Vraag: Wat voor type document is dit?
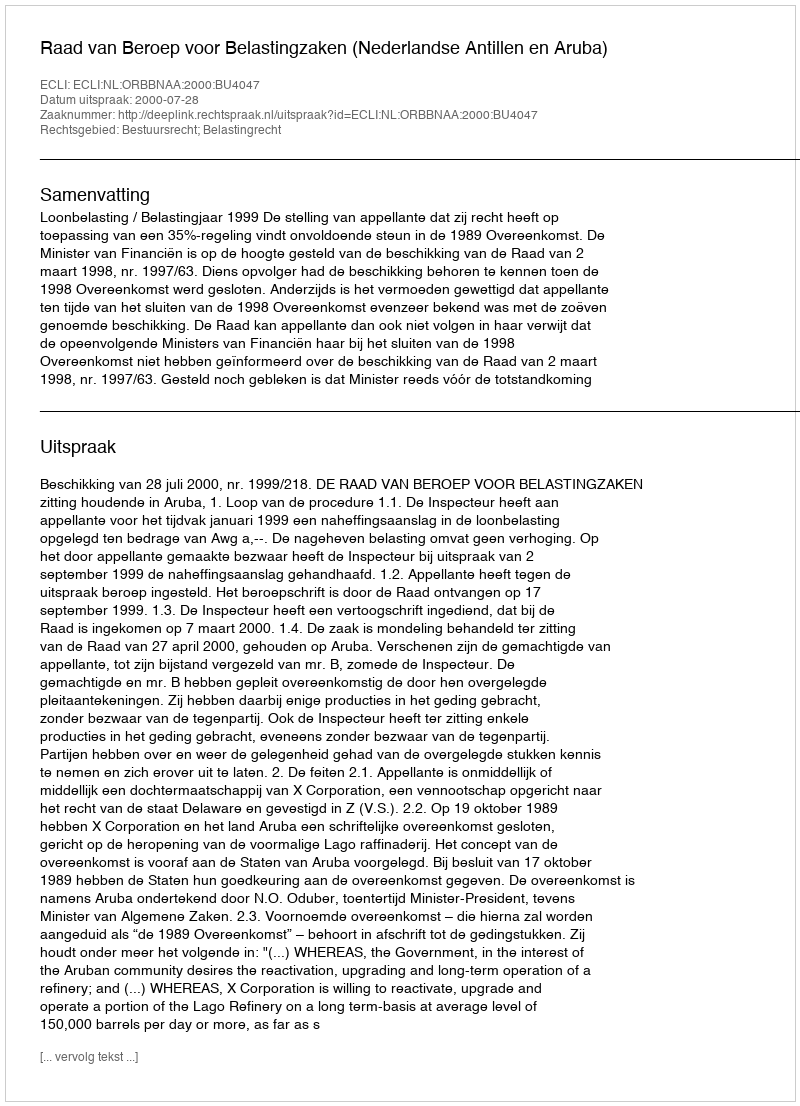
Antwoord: Uitspraak